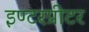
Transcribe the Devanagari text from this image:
इण्टरप्रीटर